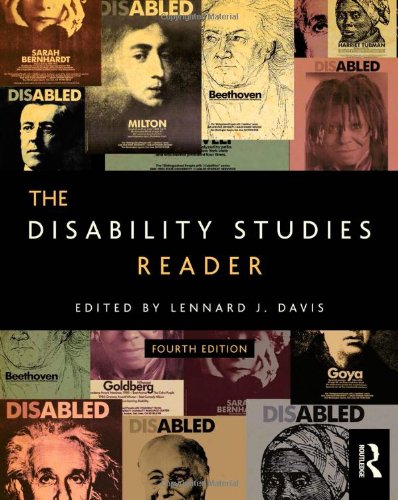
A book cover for The Disability Studies Reader; Politics & Social Sciences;